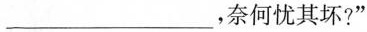
___，奈何忧其坏?”